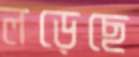
লড়েছে